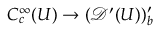
C _ { c } ^ { \infty } ( U ) \to ( { \mathcal { D } } ^ { \prime } ( U ) ) _ { b } ^ { \prime }